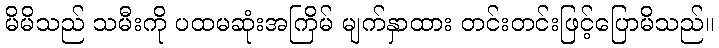
မိမိသည် သမီးကို ပထမဆုံးအကြိမ် မျက်နှာထား တင်းတင်းဖြင့်ပြောမိသည်။